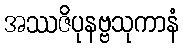
အဿဇိပုနဗ္ဗသုကာနံ